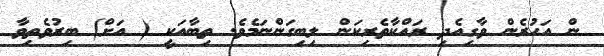
ން އަހުރެން ވާގިއެދި ރައްކާތެރިކަން ލިބިގަންނަމެވެ. ތިބާއަކީ ( އަށް) ބިރުވެތިވާ